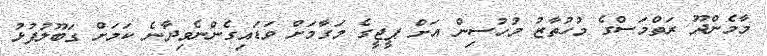
މާމެންދޫ ރަތްމަސްގެ މުހުތާޒު މުހުސިން އަށް ޕީޖީގެ މަގާމަށް ވަޑައިގެންނެވިދާނެ ކަމަށް ގަބޫލުފުޅު